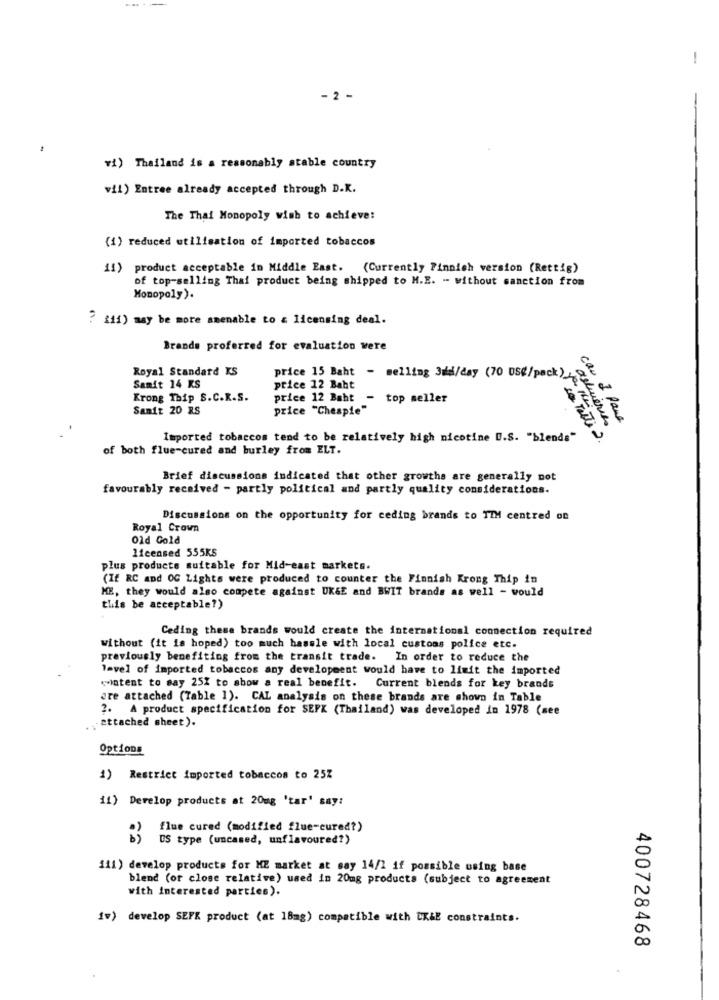
-
- 2 -
vi) Thailand is a reasonably stable country
vil) Entree already accepted through D.K.
The Thai Monopoly wish to achieve:
(1) reduced utilisation of imported tobaccos
11) product acceptable in Middle East. (Currently 7innich version (Rettig)
of top-selling Thai product being shipped to H.E. - without sanction from
Monopoly).
? ifi) may be more amenable to & licensing deal.
Brands proferred for evaluation were
Royal Standard KS
Samit 14 KS
price 15 Baht - selling 3dd/day (70 066/pack ).
price 12 Baht
Krong Thip S.C.R.S.
price 12 Baht - top seller
Sanit 20 RS
price "Chespie"
can I Pane
Imported tobaccos tend to be relatively high nicotine U.S. "blends"
à la Tati 2.
astuceties
of both flue-cured and burley from ELT.
Brief discussions indicated that other growths are generally pot
favourably received - partly political and partly quality considerations.
Discussions on the opportunity for ceding brands to TIM centred on
Royal Crown
01d Gold
licensed 555KS
plus products suitable for Mid-east markets.
(If RC and OG Lights were produced to counter the Finnish Krong Thip in
ME, they would also compete against UK&E and BWIT brands as well - would
this be acceptable?)
Ceding these brands would create the international connection required
without (it is hoped) too much hassle with local customs police etc.
previously benefiting from the transit trade. In order to reduce the
level of imported tobaccos any development would have to limit the imported
«intent to say 25% to show a real benefit. Current blends for key brands
are attached (Table 1). CAL analysis on these brands are shown in Table
2. A product specification for SEPK (Thailand) was developed in 1978 (see
.attached sheet).
Options
1) Restrict imported tobaccos to 25Z
11) Develop products at 20mg 'tar' say:
flue cured (modified flue-cured?)
DS type (uncased, unflavoured?)
111) develop products for ME market at say 14/2 if possible using base
blend (or close relative) used in 20mg products (subject to agreement
with interested parties).
1w) develop SEFK product (at 18mg) compatible with LK&E constraints.
400728468